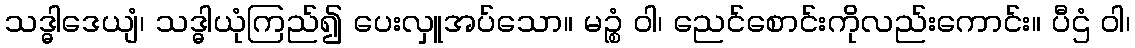
သဒ္ဓါဒေယျံ၊ သဒ္ဓါယုံကြည်၍ ပေးလှူအပ်သော။ မဉ္စံ ဝါ၊ ညေင်စောင်းကိုလည်းကောင်း။ ပီဌံ ဝါ၊